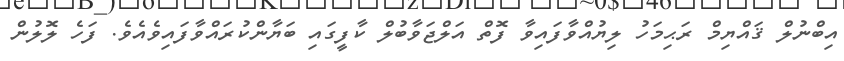
އިބްނުލް ޤައްޔިމް ރަޙިމަހު ލިޔުއްވާފައިވާ ފޮތް އަލްޖަވާބުލް ކާފީގައި ބަޔާންކުރައްވާފައިވެއެވެ. ފަހެ ލޮލުން